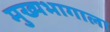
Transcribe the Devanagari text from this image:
मुख्यभागाला